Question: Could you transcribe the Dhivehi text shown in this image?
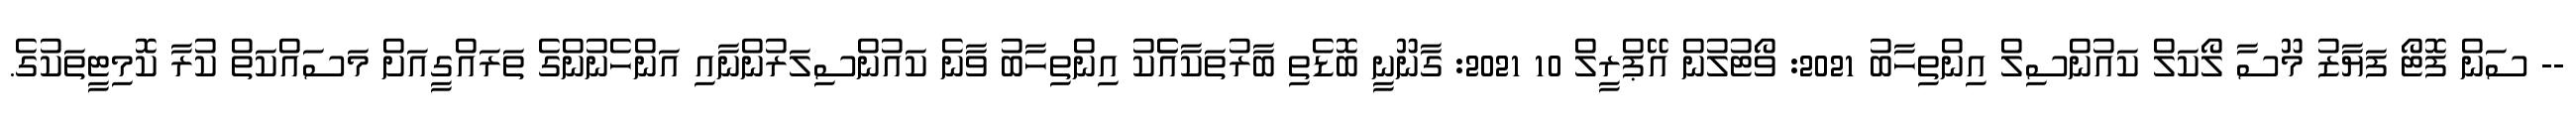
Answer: -- ސަން ފޮޓޯ ފަޔާޒު މޫސާ ލޯކަލް ކައުންސިލް އިންތިހާބު 2021: ވޯޓުލުން އޭޕްރީލް 10 2021: ގާނޫނީ ބޮޑެތި ބާރުތަކާއެެކު އިންތިހާބު ވާނެ ކައުންސިލަރުންނާއި އަންހެނުންގެ ތަރައްގީއަށް މަސައްކަތް ކުރާ ކޮމިޓީތަކުގެ.